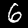
Digit: 6